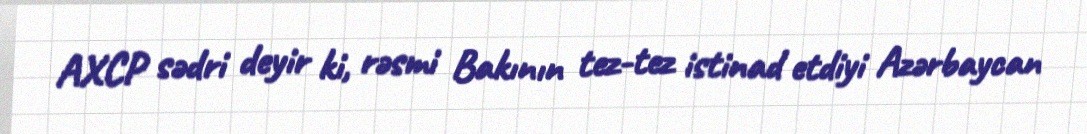
AXCP sədri deyir ki, rəsmi Bakının tez-tez istinad etdiyi Azərbaycan